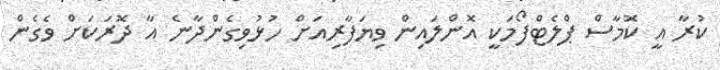
ކުރާ އީ ކޮމާސް ޕްލެޓްފޯމަކީ އޮންލައިން ވިޔަފާރިއަށް ހުޅުވިގެންދާނެ އާ ދޮރަކަށް ވެގެން